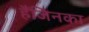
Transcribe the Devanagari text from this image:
हैंजिनका